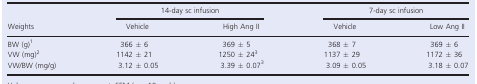
<table><thead><tr><td rowspan="2"><b>Weights</b></td><td colspan="2"><b>14‐day sc infusion</b></td><td colspan="2"><b>7‐day sc infusion</b></td></tr><tr><td><b>Vehicle</b></td><td><b>High Ang II</b></td><td><b>Vehicle</b></td><td><b>Low Ang II</b></td></tr></thead><tbody><tr><td>BW (g)a</td><td>366 ± 6</td><td>369 ± 5</td><td>368 ± 7</td><td>369 ± 6</td></tr><tr><td>VW (mg)b</td><td>1142 ± 21</td><td>1250 ± 24c</td><td>1137 ± 29</td><td>1172 ± 36</td></tr><tr><td>VW/BW (mg/g)</td><td>3.12 ± 0.05</td><td>3.39 ± 0.07c</td><td>3.09 ± 0.05</td><td>3.18 ± 0.07</td></tr></tbody></table>